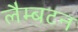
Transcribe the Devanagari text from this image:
लैम्बटन